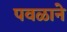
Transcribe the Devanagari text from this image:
पवळाने